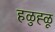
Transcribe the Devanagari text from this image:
हळुह्ळू